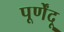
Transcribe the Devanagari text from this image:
पूर्णेंदू